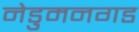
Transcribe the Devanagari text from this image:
नेडुमनगड